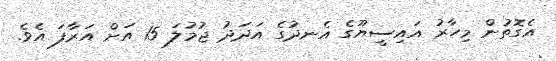
އެގޮތުން މިހާރު އައިސީޔޫގެ އެނދުގެ އަދަދު ޖުމުލަ 15 އަށް އަރާފަ އެވެ.